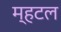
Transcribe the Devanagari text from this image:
म्हटल